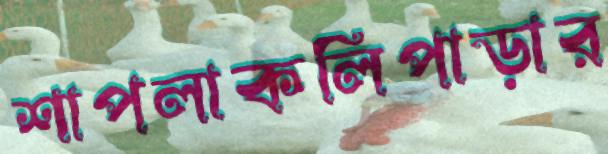
শাপলাকলিপাড়ার